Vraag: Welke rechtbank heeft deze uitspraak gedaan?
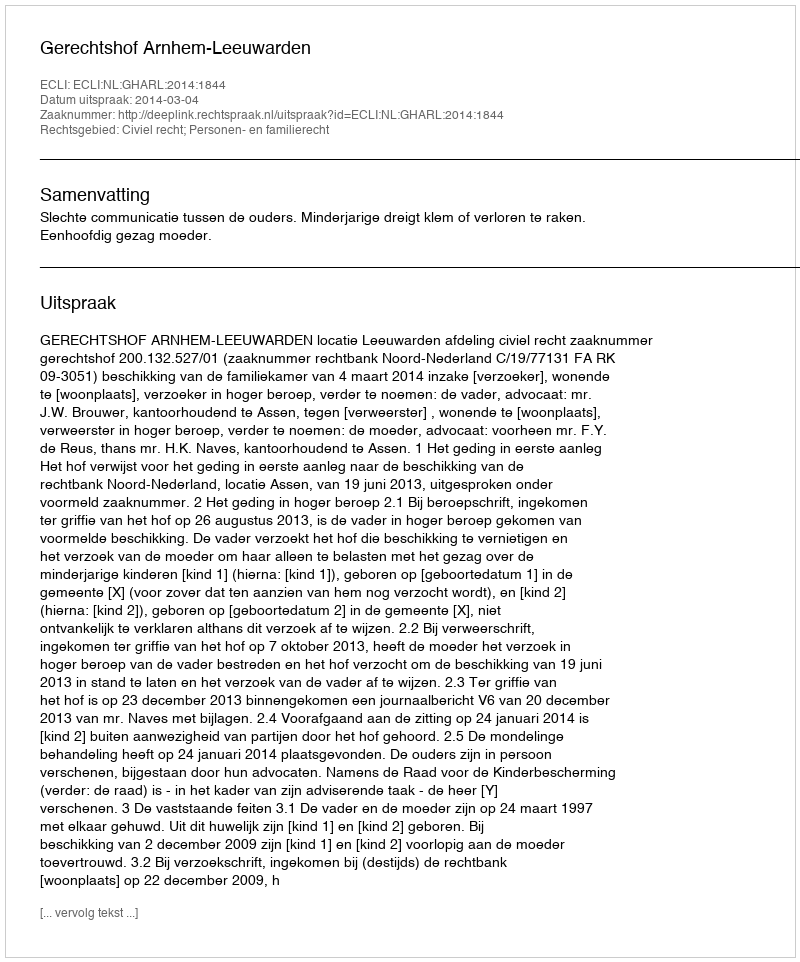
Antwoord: Gerechtshof Arnhem-Leeuwarden